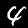
Label: 4